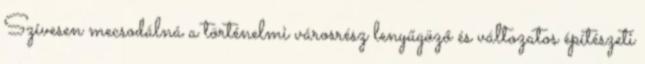
Szívesen mecsodálná a történelmi városrész lenyűgöző és változatos építészeti